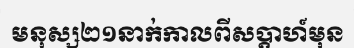
មនុស្ស២១នាក់កាលពីសប្តាហ៍មុន